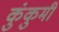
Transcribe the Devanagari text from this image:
कुंकुमी